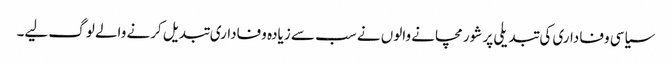
سیاسی وفاداری کی تبدیلی پر شور مچانے والوں نے سب سے زیادہ وفاداری تبدیل کرنے والے لوگ لیے۔